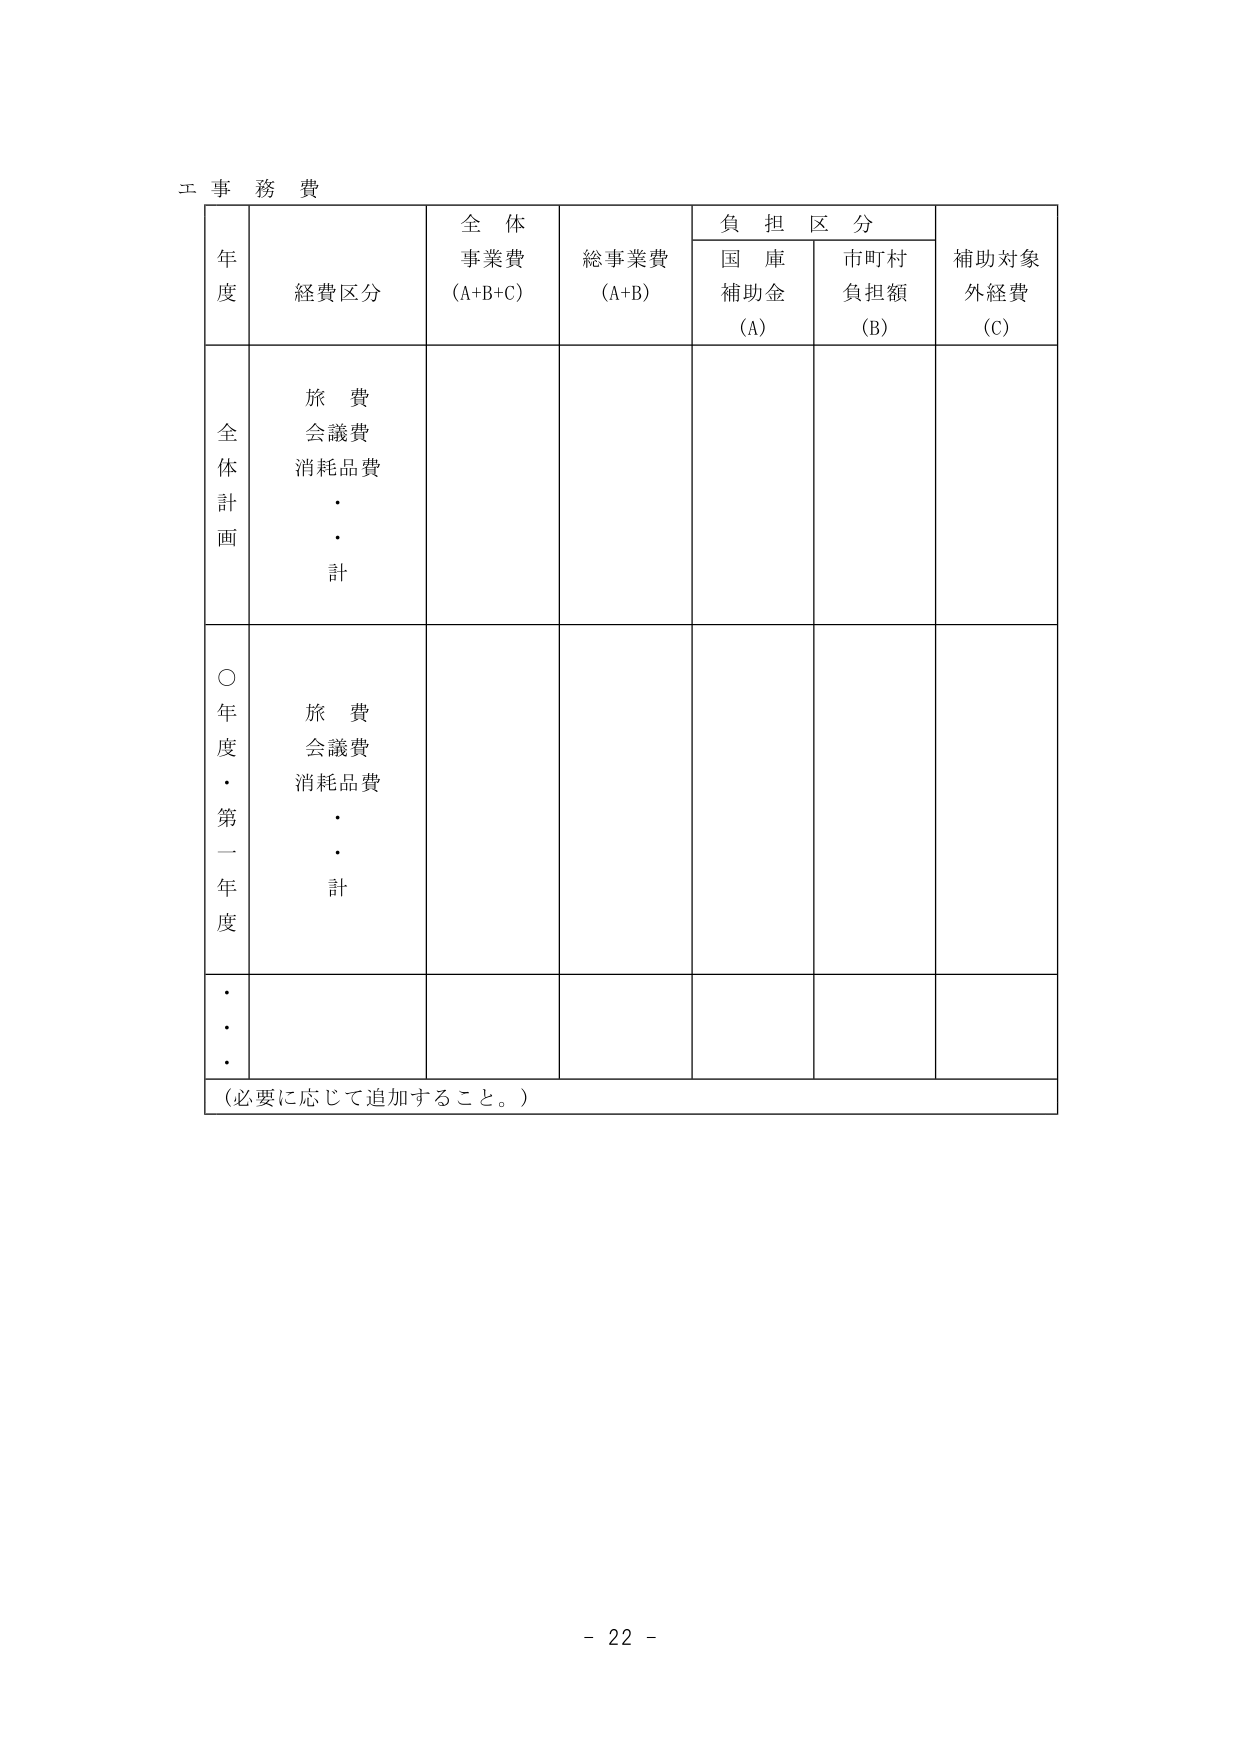
工 事 務 費

年度 経費区分 全体事業費 (A+B+C) 総事業費 (A+B) 負担区分 補助対象外経費 (C)
　　　　　　　　　　　　　　　　　国庫補助金 (A) 市町村負担額 (B)

全体計画 旅費 会議費 消耗品費 ・・計

○年度・第一年度 旅費 会議費 消耗品費 ・・計

・・・ （必要に応じて追加すること。）

- 22 -